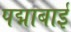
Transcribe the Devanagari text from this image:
पद्माबाई